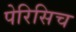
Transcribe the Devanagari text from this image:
पेरिसिच